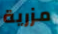
مزرية